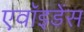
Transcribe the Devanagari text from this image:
एवॉइडेंस